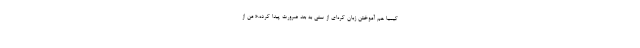
کیمیا هم آموختن زبان کره‌ای از سنی به بعد ضرورت پیدا کرده.« من از